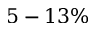
5 - 1 3 \%